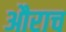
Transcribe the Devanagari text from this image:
औराच